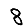
Digit: 8